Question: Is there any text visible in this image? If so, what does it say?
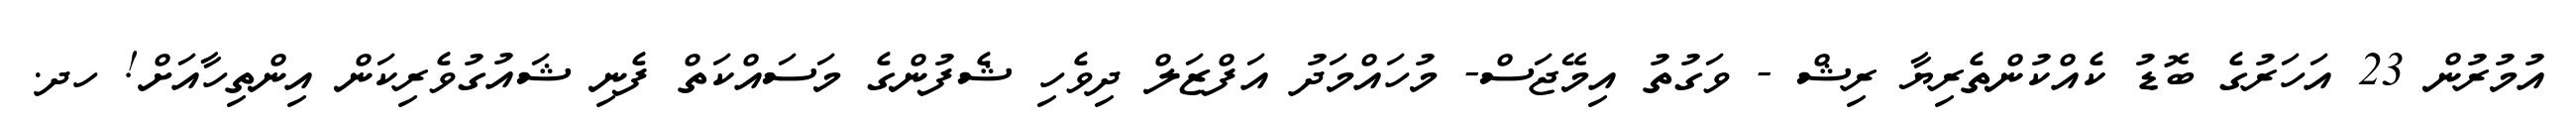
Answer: އުމުރުން 23 އަހަރުގެ ބޮޑު ކެއްކުންތެރިޔާ ރިޝް - ވަގުތު އިމޭޖަސް- މުހައްމަދު އަފްޒަލް ދިވެހި ޝެފުންގެ މަސައްކަތް ފެނި ޝައުގުވެރިކަން އިންތިހާއަށް! ހދ.